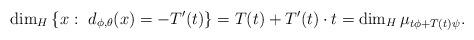
LaTeX: \begin{align*}\dim_H\left\{x:\, \, d_{\phi,\theta}(x)=-T'(t)\right\}=T(t)+T'(t)\cdot t=\dim_H\mu_{t\phi +T(t)\psi}.\end{align*}